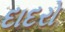
દાદરો